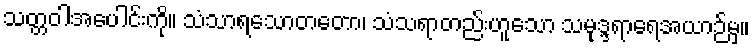
သတ္တဝါအပေါင်းကို။ သံသာရသောတတော၊ သံသရာတည်းဟူသော သမုဒ္ဒရာရေအယာဉ်မှ။